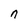
Character: n